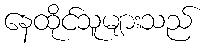
နေထိုင်သူများသည်